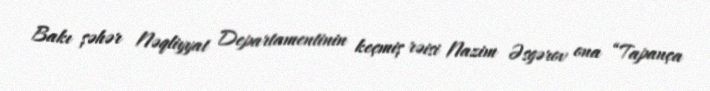
Bakı şəhər Nəqliyyat Departamentinin keçmiş rəisi Nazim Əsgərov ona “Tapança